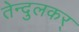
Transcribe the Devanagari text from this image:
तेन्दुलकर्